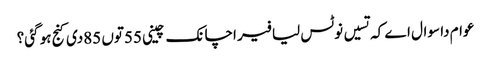
عوام دا سوال اے کہ تسیں نوٹس لیا فیر اچانک چینی 55توں 85دی کنج ہو گئی؟